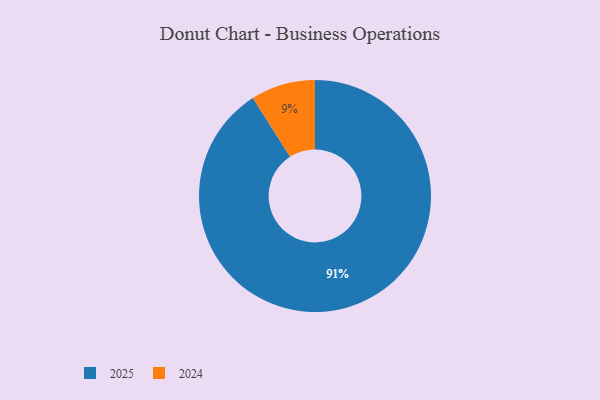
{"axis": {"x": "Category", "y": "Percentage"}, "legend": ["2024", "2025"], "data": [{"x": "2024", "y": 9, "type": "2024"}, {"x": "2025", "y": 91, "type": "2025"}]}